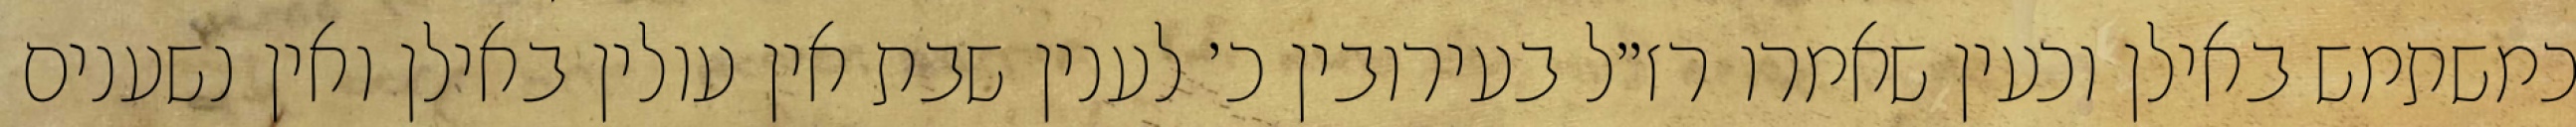
כמשתמש באילן וכעין שאמרו רז״ל בעירובין כ׳ לענין שבת אין עולין באילן ואין נשענים